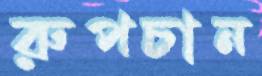
রুপচান